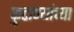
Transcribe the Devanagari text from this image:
फुटाण्यांच्या